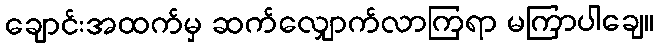
ချောင်းအထက်မှ ဆက်လျှောက်လာကြရာ မကြာပါချေ။